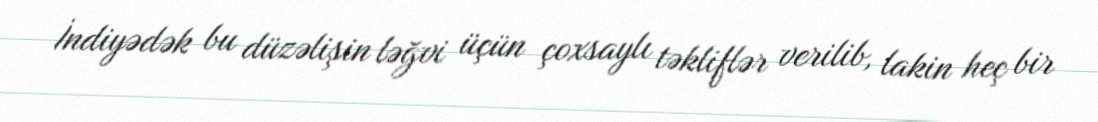
İndiyədək bu düzəlişin ləğvi üçün çoxsaylı təkliflər verilib, lakin heç bir